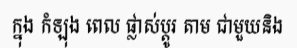
ក្នុង កំឡុង ពេល ផ្លាស់ប្តូរ តាម ជាមួយនិង